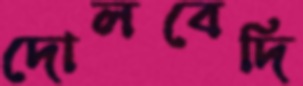
দোলবেদি